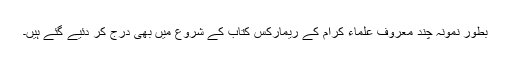
بطور نمونہ چند معروف علماء کرام کے ریمارکس کتاب کے شروع میں بھی درج کر دئیے گئے ہیں۔